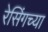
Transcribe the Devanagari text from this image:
रेसिंगच्या